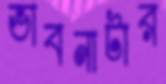
ভাবনাটার